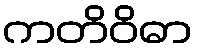
ကတိဝိဓာ